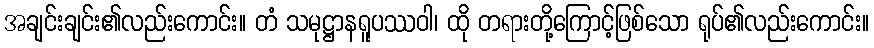
အချင်းချင်း၏လည်းကောင်း။ တံ သမုဋ္ဌာနရူပဿဝါ၊ ထို တရားတို့ကြောင့်ဖြစ်သော ရုပ်၏လည်းကောင်း။